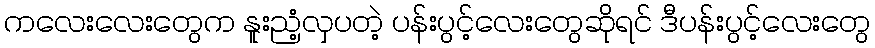
ကလေးလေးတွေက နူးညံံ့လှပတဲ့ ပန်းပွင့်လေးတွေဆိုရင် ဒီပန်းပွင့်လေးတွေ